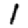
Digit: 1